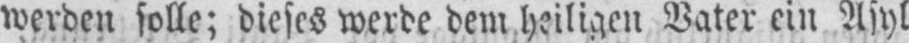
werden solle; dieses werde dem heiligen Vater ein Asyl